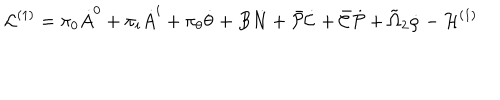
LaTeX: { \cal L } ^ { ( 1 ) } = \pi _ { 0 } \dot { A } ^ { 0 } + \pi _ { i } \dot { A } ^ { i } + \pi _ { \theta } \dot { \theta } + B \dot { N } + \bar { \cal P } \dot { \cal C } + \bar { \cal C } \dot { \cal P } + \tilde { \Omega } _ { 2 } \dot { \rho } - { \cal H } ^ { ( 1 ) }